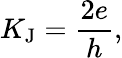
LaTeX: K_{\mathrm{J}}={\frac{2e}{h}},